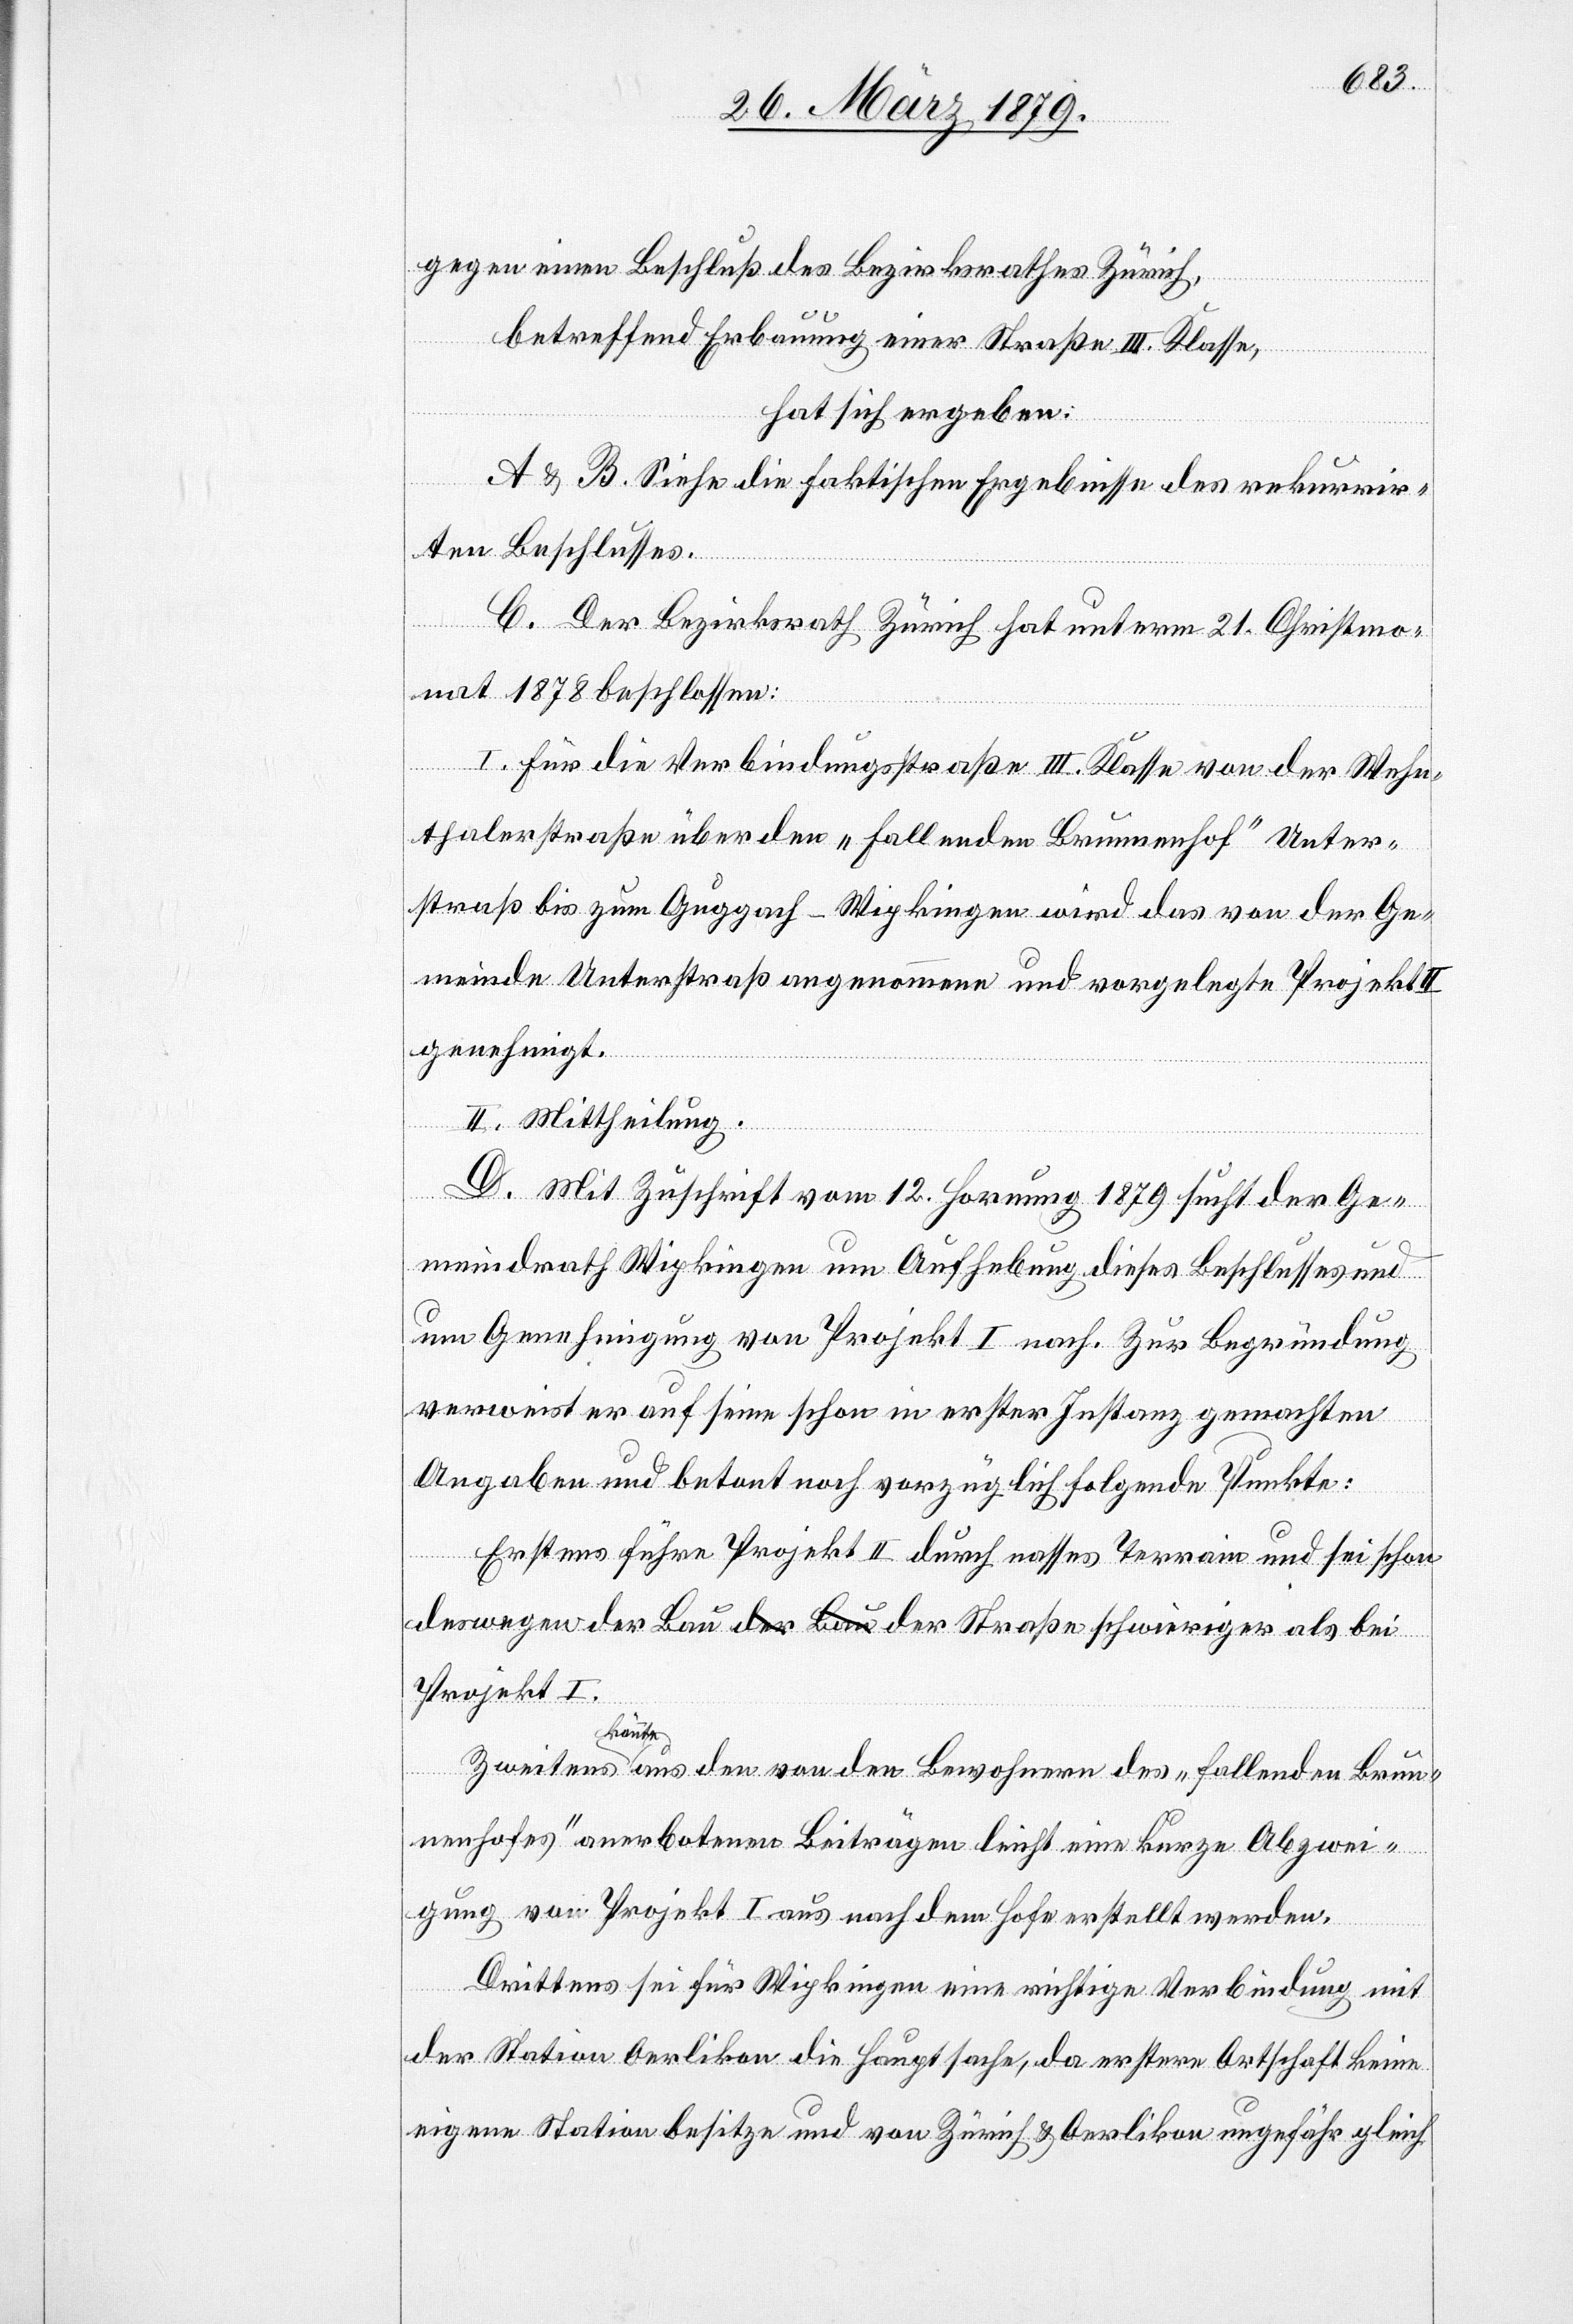
gegen einen Beschluß des Bezirksrathes Zürich,
betreffend Erbauung einer Straße III. Klasse,
hat sich ergeben:
A & B. Siehe die faktischen Ergebnisse des rekurrir¬
ten Beschlusses.
C. Der Bezirksrath Zürich hat unterm 21. Christmo¬
nat 1878 beschlossen:
Brun¬
I. Für die Verbindungsstraße III. Klasse von der Wehn¬
thalerstraße über den „fallenden Brunnenhof“ Unter¬
straß bis zum Guggach - Wipkingen wird das von der Ge¬
meinde Unterstraß angenommene und vorgelegte Projekt
genehmigt.
II. Mittheilung.
D. Mit Zuschrift vom 12. Hornung 1879 sucht der Ge¬
meindrath Wipkingen um Aufhebung dieses Beschlusses und
um Genehmigung von Projekt I nach. Zur Begründung
verweist er auf seine schon in erster Instanz gemachten
Angaben und betont noch vorzüglich folgende Punkte:
Erstens führe Projekt II durch nasses Terrain und sei schon
Projekt I.
könnte
nenhofes“ anerbotenen Beiträgen leicht eine kurze Abzwei¬
gung von Projekt I aus nach dem Hofe erstellt werden.
Drittens sei für Wipkingen eine richtige Verbindung mit
der Station Oerlikon die Hauptsache, da erstere Ortschaft keine
eigene Station besitze und von Zürich & Oerlikon ungefähr gleich